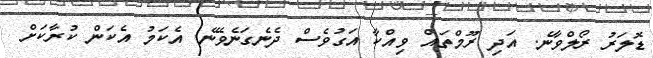
ޑޮލަރު ރޯލްވާނެ. އަދި ރޫމްތައް ވިއްކާ އަގުވެސް ދެނެގަނެވޭނެ. އެކަމު އެކަން ކުރާކަށް